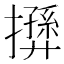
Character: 𢶛